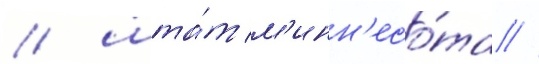
/ шта́т м'инн'есо́та //